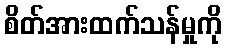
စိတ်အားထက်သန်မှုကို